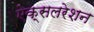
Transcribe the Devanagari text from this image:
ऐक्सलरेशन